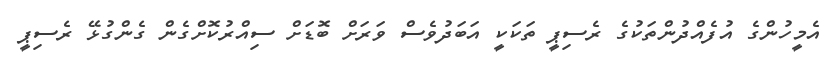
އެމީހުންގެ އުފެއްދުންތަކުގެ ރެސިޕީ ތަކަކީ އަބަދުވެސް ވަރަށް ބޮޑަށް ސިއްރުކޮށްގެން ގެންގުޅޭ ރެސިޕީ